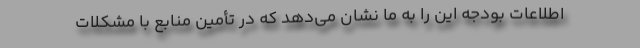
اطلاعات بودجه این را به ما نشان می‌دهد که در تأمین منابع با مشکلات